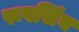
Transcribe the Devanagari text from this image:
रूपसिंघ